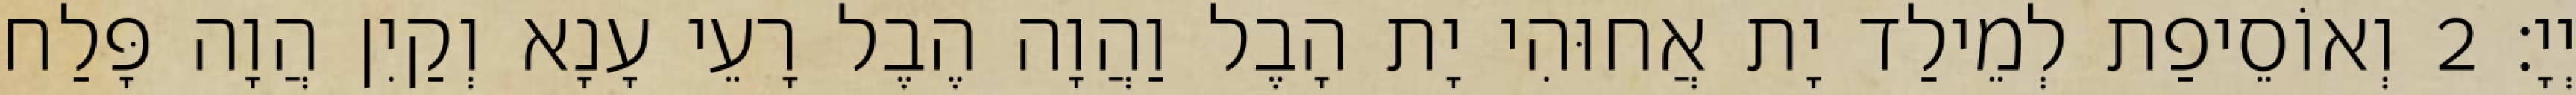
יְיָ׃ 2 וְאוֹסֵיפַת לְמֵילַד יָת אֲחוּהִי יָת הָבֶל וַהֲוָה הֶבֶל רָעֵי עָנָא וְקַיִן הֲוָה פָּלַח